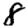
Digit: 8